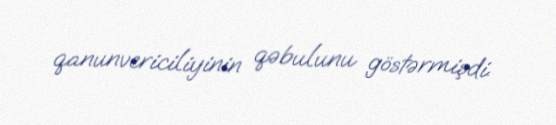
qanunvericiliyinin qəbulunu göstərmişdi.